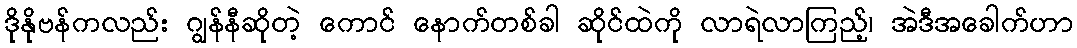
ဒိုနိုဗန်ကလည်း ဂျွန်နီဆိုတဲ့ ကောင် နောက်တစ်ခါ ဆိုင်ထဲကို လာရဲလာကြည့်၊ အဲဒီအခေါက်ဟာ